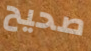
صحيح